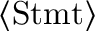
\langle { \mathrm { S t m t } } \rangle